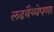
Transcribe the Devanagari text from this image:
लढवैय्येपणा